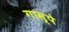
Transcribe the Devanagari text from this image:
गास्पे